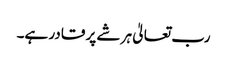
رب تعالیٰ ہر شے پر قادر ہے۔